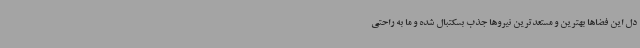
دل این فضاها بهترین و مستعدترین نیروها جذب بسکتبال شده و ما به راحتی